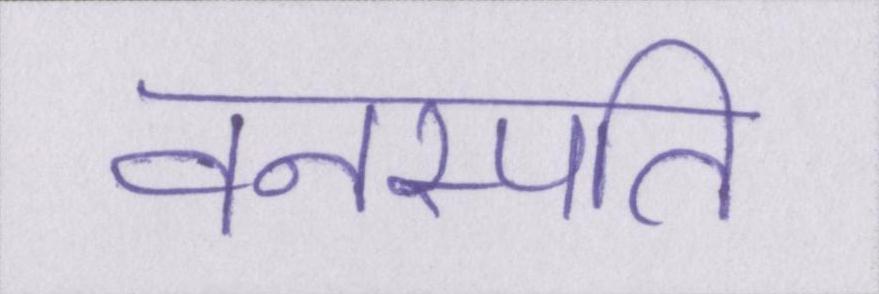
वनस्पति